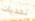
تحديات